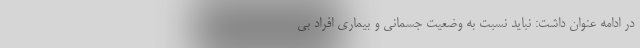
در ادامه عنوان داشت: نباید نسبت به وضعیت جسمانی و بیماری افراد بی